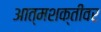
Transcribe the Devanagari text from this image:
आत्मशक्तीवर